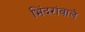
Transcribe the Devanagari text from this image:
भिंदरांवाले